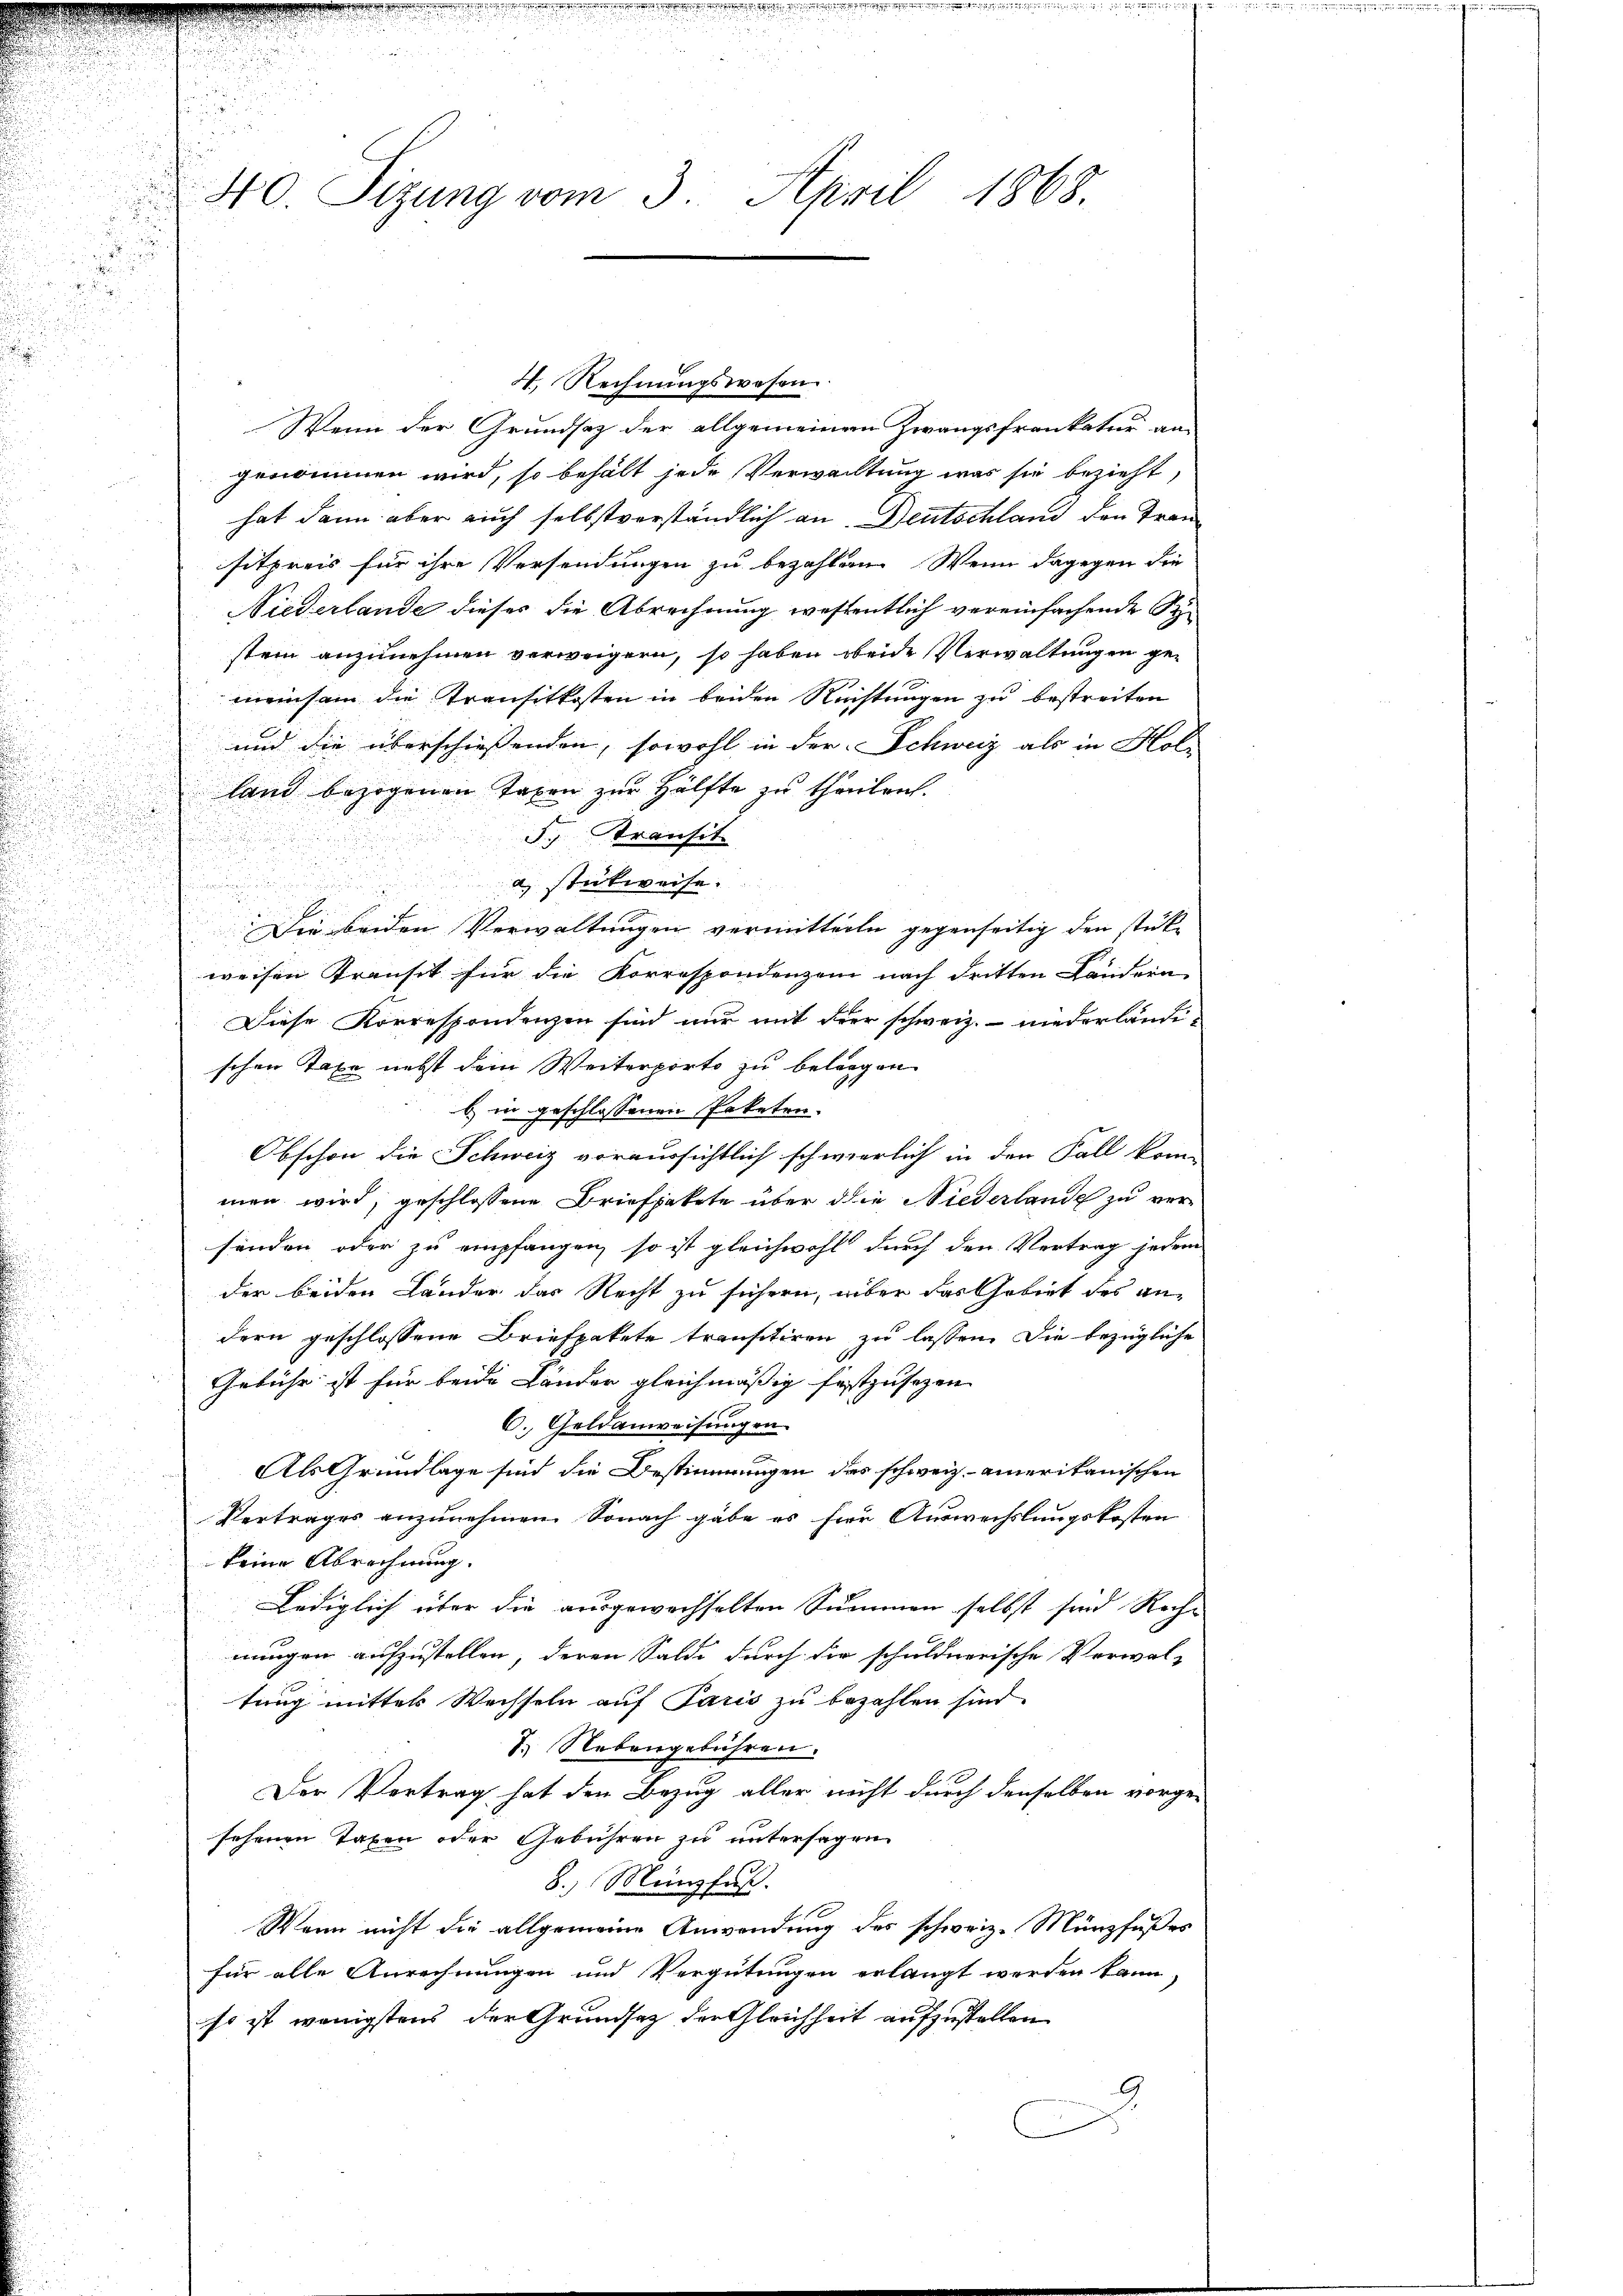
e

d

u
40. Sizung vom 3. April 1868.

d
.

4. Rechnungswesen
Wenn der Grundsaz der allgemeinem Zwangsfrenkatur an
genommen wird, so behält jede Verwachtung was sie bezieht,
hat dann aber auch selbstverständlich an Deutschland den Transitpreis für ihre Versendungen zu bezahlen. Wenn dagegen die
Niederlande dieses die Abrechnung wesentlich vereinfachende Sistein anzunehmen verweigern, so haben beide Verwaltungen gemeinsam die Transitkosten in beiden Rechtungen zu bestreiten
und die überschießenden, sowohl in der Schweiz als in Holz
land bezogenen Taxen zur Hälfte zu theilen.
J. Transit
a stückweise.
u
Die beiden Verwaltungen vermitteile gegenseitig den stücke
weisen Transit für die Korrespondenzen nach dritten Ländern
Diese Korrespondenzen sind nur mit der schweiz. niederländeschen Taxe nebst dem Weiterporto zu belangen
b) in geschlossenen Paketen.
Obschon die Schweiz voraussichtlich schwierlich in den Fall kom-
men wird, geschlossene Briefpakete über die Niederlande zu versänden oder zu empfangen, so ist gleichwohl durch den Vertrag jedem
der beiden Lander das Recht zu sichern, über das Gebiet des andern geschlossene Briefpakete transitiren zu lassen. Die bezügliche
Gebühr ist für beide Lander gleichmässig festzusehen
6. Geldanweisungen
.
Als Grundlage sind die Bestimmungen des schweiz. amerikanischen
Vertrages anzunehmen. Sonach gabe es für Auswechslungskosten
keine Abrechnung.
Lediglich über die ausgewachselten Summen selbst sind Reche
nungen aufzustellen, deren Salde durch dir schuldnerische Verwal-
tung mitter Wechseln auf Paris zu bezahlen sind.
1.) Nebengebühren.
Der Vertrag hat den Bezug aller nicht durch denselben vorge-
sehenen Taxen oder Gebühren zu untersagen
8.) Münzfuß.
Wann nicht die allgemeine Anwendung des schweiz. Münzfußes
für alle Anrechnungen und Vergütungen erlangt werden kann,
so ist wenigstens der Grundsatz der Gleichheit aufzustellen
2